Lunatic asylums Central Provinces reports 1874-1885 - 1874-1885
Year: 1874
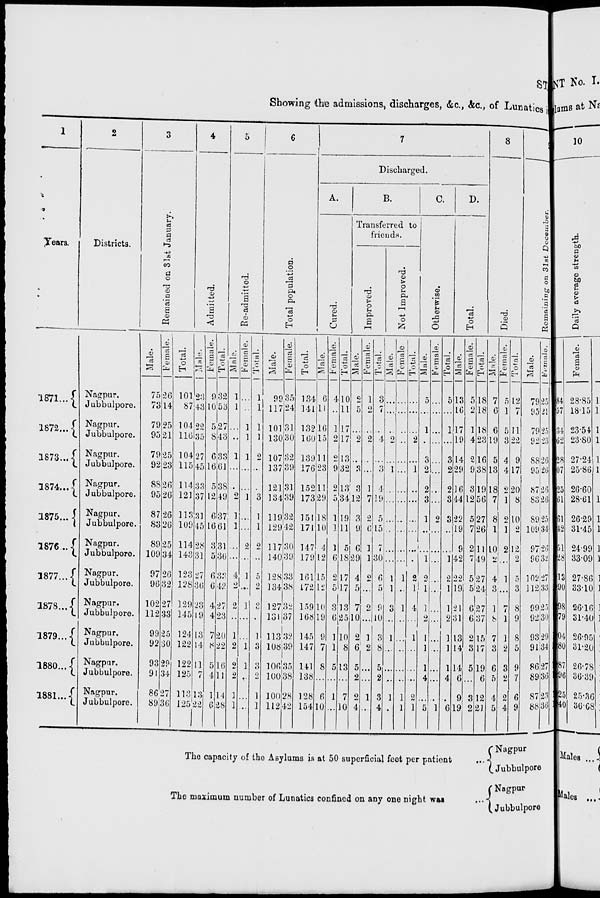
ST
Showing the admissions, discharges, &c., &c., of Lunatics
1
Years.
1871 ...
1872 ...
1873 ...
1874 ...
1875 ...
1876 ...
1877 ...
1878 ...
1879 ...
1880 ...
1881 ...
2
Districts.
Nagpur.
Jubbulpore.
Nagpur.
Jubbulpore.
Nagpur.
Jubbulpore.
Nagpur.
Jubbulpore.
Nagpur.
Jubbulpore.
Nagpur.
Jubbulpore.
Nagpur.
Jubbulpore.
Nagpur.
Jubbulpore.
Nagpur.
Jubbulpore.
Nagpur.
Jubbulpore.
Nagpur.
Jubbulpore.
3
Remained on 31st January.
Male.
75
73
79
95
79
92
88
95
87
83
89
109
97
96
102
112
99
92
93
91
86
89
Female.
26
14
25
21
25
23
26
26
26
26
25
34
26
32
27
33
25
30
29
34
27
36
Total.
101
87
104
116
104
115
114
121
113
109
114
143
123
128
129
145
124
122
122
125
113
125
4
Admitted.
Male.
23
43
22
35
27
45
33
37
31
45
28
31
27
36
23
19
13
14
11
7
13
22
Female.
9
10
5
8
6
16
5
12
6
16
3
5
6
6
4
4
7
8
5
4
1
6
Total.
32
53
27
43
33
61
38
49
37
61
31
36
33
42
27
23
20
22
16
11
14
28
5
Re-admitted.
Male.
1
1
...
...
1
...
...
2
1
1
...
...
4
2
2
...
1
2
2
2
1
1
Female.
...
...
1
1
1
...
...
1
...
...
2
...
1
...
1
...
...
1
1
...
...
...
Total.
1
1
1
1
2
...
...
3
1
1
2
...
5
2
3
...
1
3
3
2
1
1
6
Total population.
Male.
99
117
101
130
107
137
121
134
119
129
117
140
128
134
127
131
113
108
106
100
100
112
Female.
35
24
31
30
32
39
31
39
32
42
30
39
33
38
32
37
32
39
35
38
28
42
Total.
134
141
132
160
139
176
152
173
151
171
147
179
161
172
159
168
145
147
141
138
128
154
7
Discharged.
A.
Cured.
Male.
6
11
16
15
11
23
11
29
18
10
4
12
15
12
10
19
9
7
8
...
6
10
Female.
4
...
1
2
2
9
2
5
1
1
1
6
2
5
3
6
1
1
5
...
1
...
Total.
10
11
17
17
13
32
13
34
19
11
5
18
17
17
13
25
10
8
13
...
7
10
B.
Transferred to
friends.
Improved.
Male.
2
5
...
2
...
3
3
12
3
9
6
29
4
5
7
10
2
6
5
2
2
4
Female.
1
2
...
2
...
...
1
7
2
6
l
l
2
...
2
...
1
2
...
...
1
...
Total.
3
7
...
4
...
3
4
19
5
15
7
30
6
5
9
10
3
8
5
2
3
4
Not Improved.
Male.
...
...
...
2
...
1
...
...
...
...
...
...
1
1
3
...
1
...
...
...
1
...
Female
...
...
...
...
...
...
...
...
...
...
...
...
1
...
1
...
...
...
...
...
1
1
Total.
...
...
...
2
...
1
...
...
...
...
...
...
2
1
4
...
1
...
...
...
2
1
C.
Otherwise.
Male.
5
...
1
...
3
2
2
3
1
...
...
1
2
1
1
2
1
1
1
4
...
5
Female.
...
...
...
...
...
...
...
...
2
...
...
...
...
...
...
...
...
...
...
...
...
1
Total.
5
...
1
...
3
2
2
3
3
...
...
1
2
1
1
2
1
1
1
4
...
6
D.
Total.
Male.
13
16
17
19
14
29
16
44
22
19
9
42
22
19
21
31
13
14
14
6
9
19
Female.
5
2
1
4
2
9
3
12
5
7
2
7
5
5
6
6
2
3
5
...
3
2
Total.
18
18
18
23
16
38
19
56
27
26
11
49
27
24
27
37
15
17
19
6
12
21
8
Died.
Male.
7
6
6
19
5
13
18
7
8
1
10
2
4
3
1
8
7
3
6
5
4
5
Female.
5
1
5
3
4
4
9
1
2
1
2
...
1
...
...
1
1
2
3
2
2
4
Total.
12
7
11
22
9
17
20
8
10
2
12
2
5
3
8
9
8
5
9
7
6
9
Remaining on 31st December.
Male.
79
95
79
92
88
95
87
83
89
109
97
96
102
112
99
92
93
91
86
89
87
88
Female.
25
21
25
23
26
26
26
26
25
34
26
32
27
33
25
30
29
34
27
36
23
36
The capacity of the Asylums is at 50 superficial feet per patient
...
The maximum number of Lunatics confined on any one night
was
...
Nagpur
Jubbulpore
Nagpur
Jubbulpore